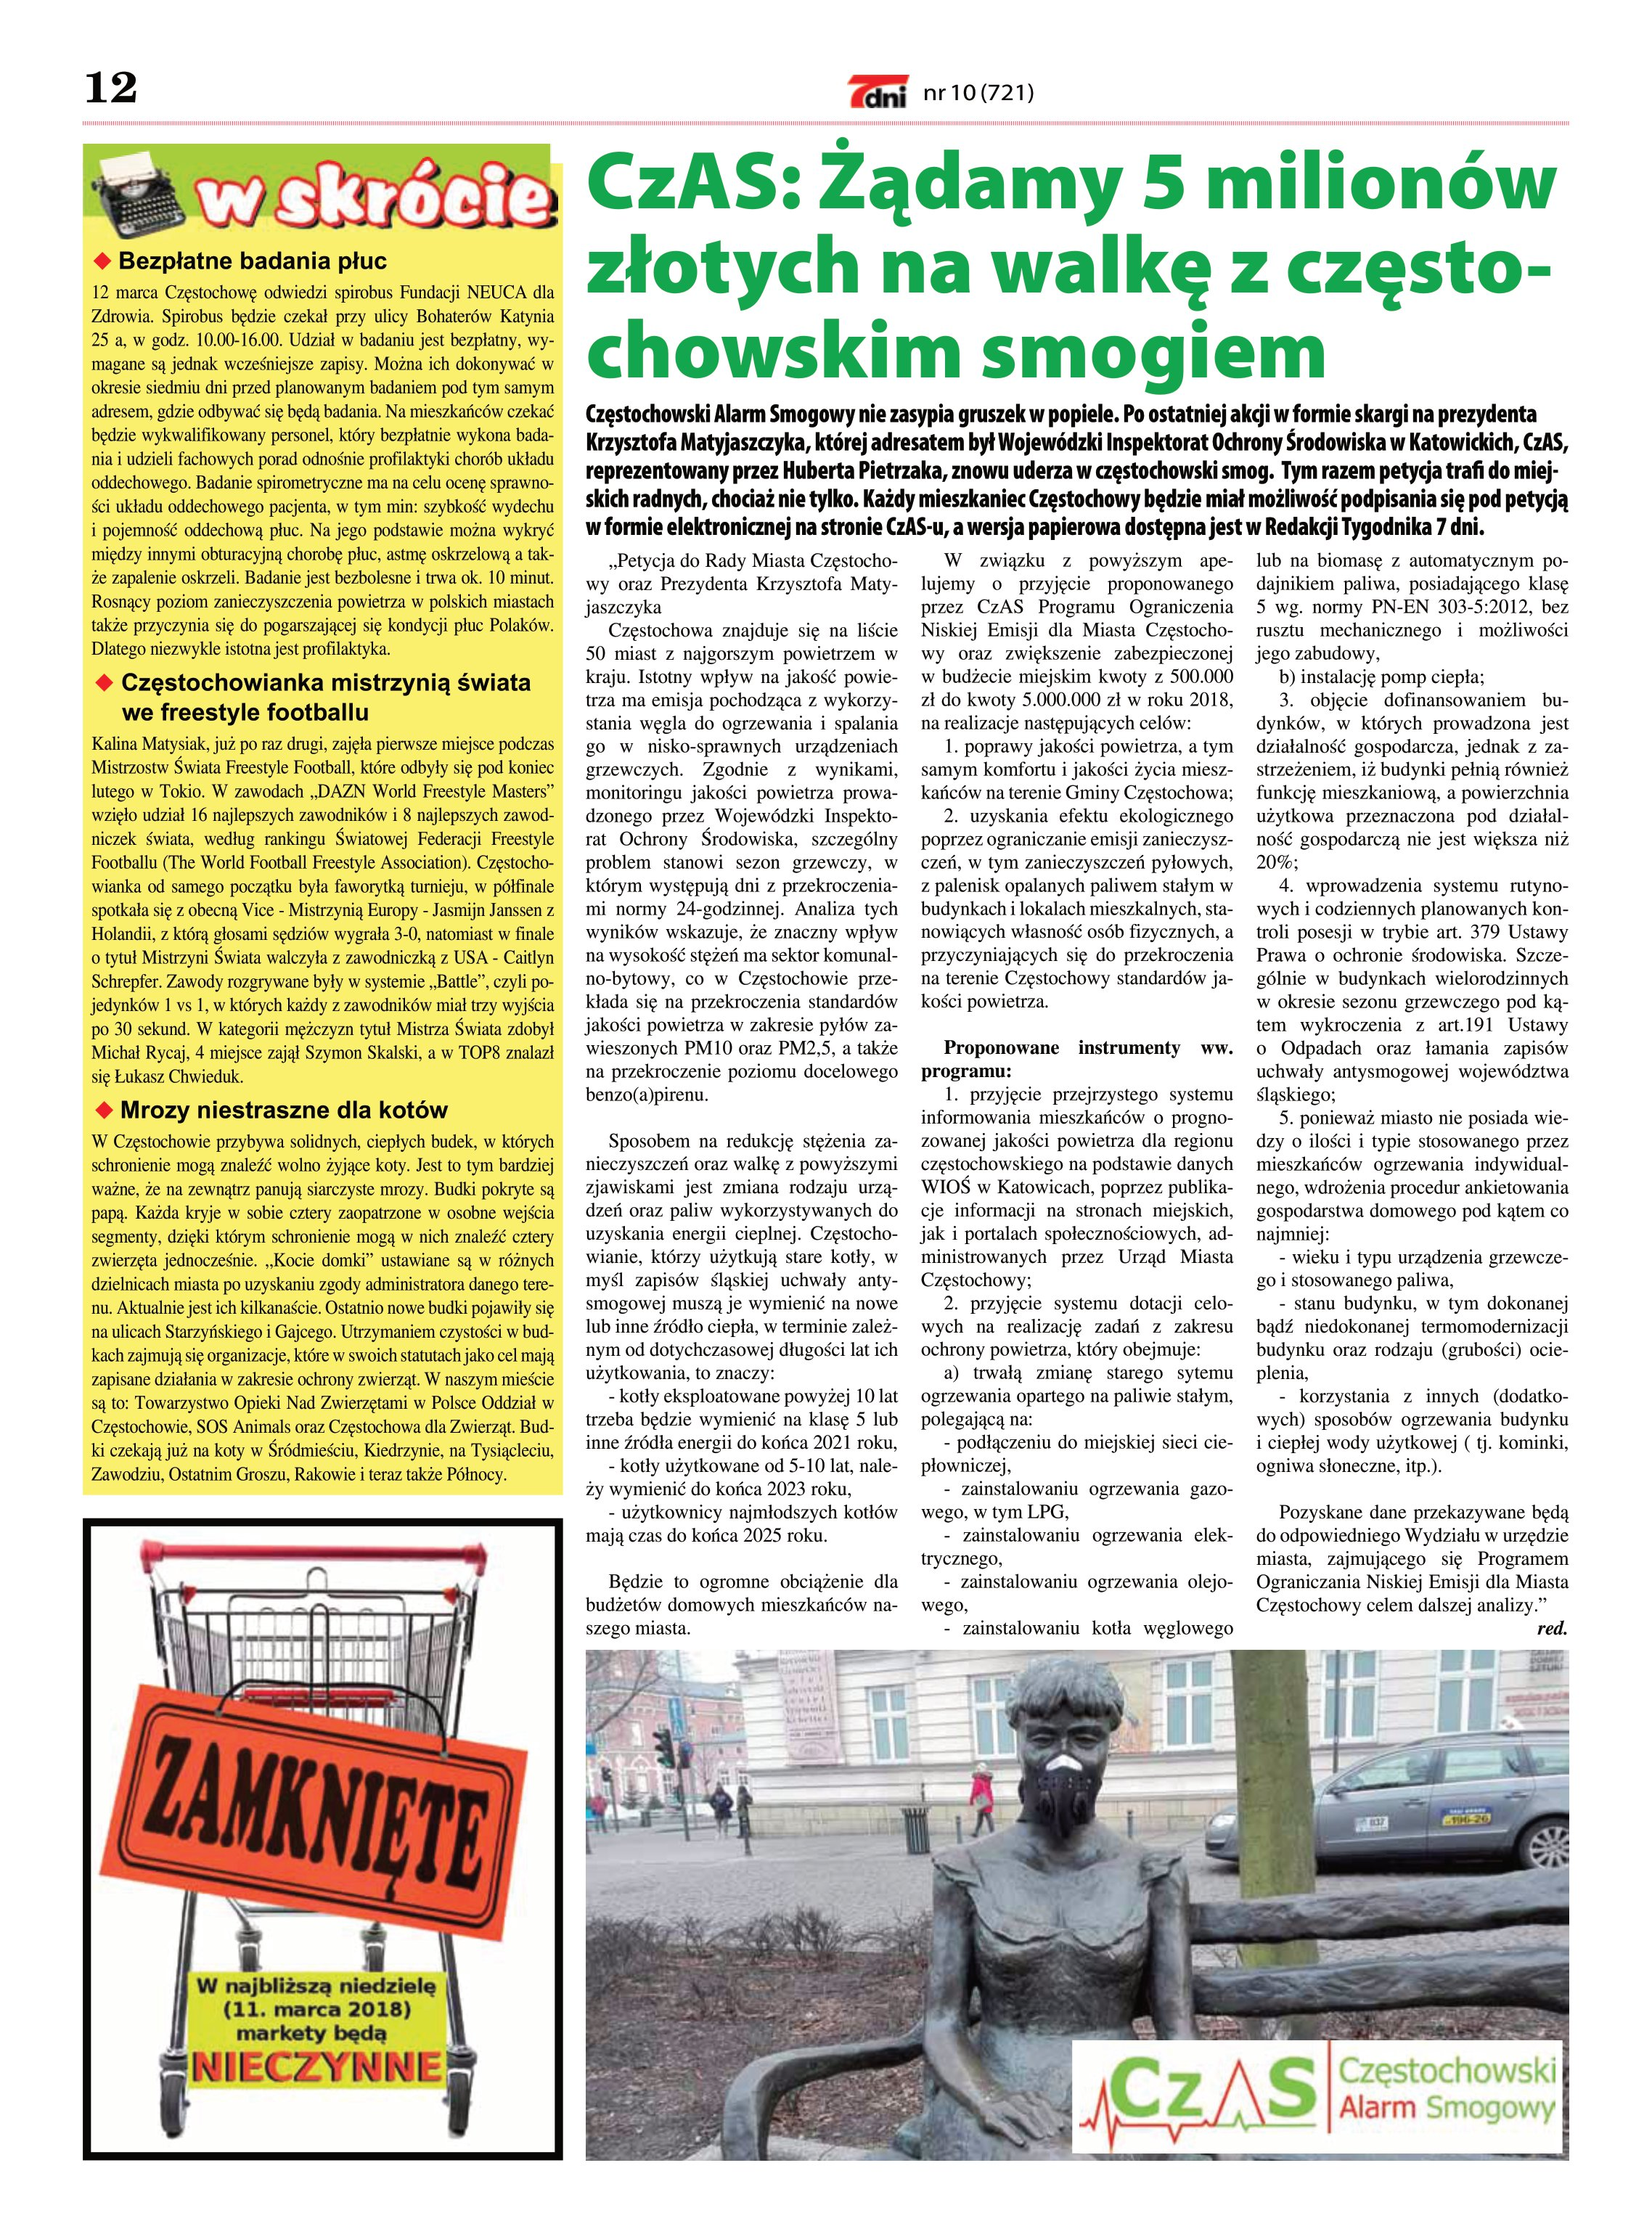
Language: pl